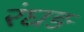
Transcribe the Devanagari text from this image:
रंघङ